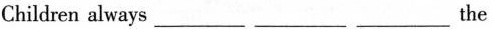
Children always___ ___ ___the